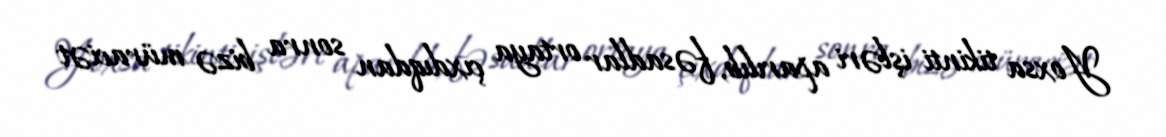
Yoxsa tikinti işləri aparılıb, fəsadlar ortaya çıxdıqdan sonra bizə müraciət